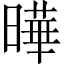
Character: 曄